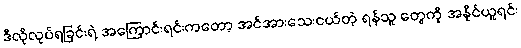
ဒီလိုလုပ်ရခြင်းရဲ့ အကြောင်းရင်းကတော့ အင်အားသေးငယ်တဲ့ ရန်သူ တွေကို အနိုင်ယူရင်း